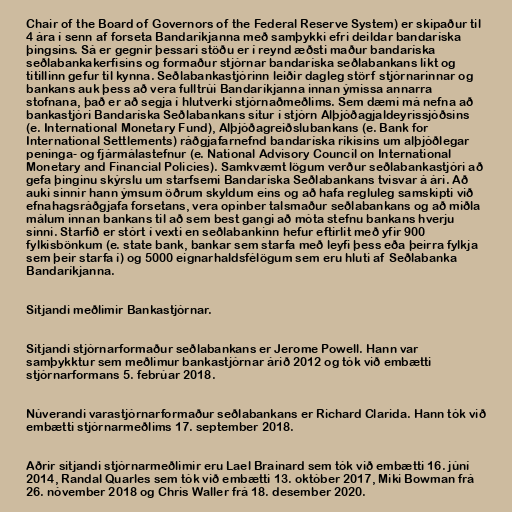
Chair of the Board of Governors of the Federal Reserve System) er skipaður til
4 ára í senn af forseta Bandaríkjanna með samþykki efri deildar bandaríska
þingsins. Sá er gegnir þessari stöðu er í reynd æðsti maður bandaríska
seðlabankakerfisins og formaður stjórnar bandaríska seðlabankans líkt og
titillinn gefur til kynna. Seðlabankastjórinn leiðir dagleg störf stjórnarinnar og
bankans auk þess að vera fulltrúi Bandaríkjanna innan ýmissa annarra
stofnana, það er að segja í hlutverki stjórnaðmeðlims. Sem dæmi má nefna að
bankastjóri Bandaríska Seðlabankans situr í stjórn Alþjóðagjaldeyrissjóðsins
(e. International Monetary Fund), Alþjóðagreiðslubankans (e. Bank for
International Settlements) ráðgjafarnefnd bandaríska ríkisins um alþjóðlegar
peninga- og fjármálastefnur (e. National Advisory Council on International
Monetary and Financial Policies). Samkvæmt lögum verður seðlabankastjóri að
gefa þinginu skýrslu um starfsemi Bandaríska Seðlabankans tvisvar á ári. Að
auki sinnir hann ýmsum öðrum skyldum eins og að hafa regluleg samskipti við
efnahagsráðgjafa forsetans, vera opinber talsmaður seðlabankans og að miðla
málum innan bankans til að sem best gangi að móta stefnu bankans hverju
sinni. Starfið er stórt í vexti en seðlabankinn hefur eftirlit með yfir 900
fylkisbönkum (e. state bank, bankar sem starfa með leyfi þess eða þeirra fylkja
sem þeir starfa í) og 5000 eignarhaldsfélögum sem eru hluti af Seðlabanka
Bandaríkjanna.

Sitjandi meðlimir Bankastjórnar.

Sitjandi stjórnarformaður seðlabankans er Jerome Powell. Hann var
samþykktur sem meðlimur bankastjórnar árið 2012 og tók við embætti
stjórnarformans 5. febrúar 2018.

Núverandi varastjórnarformaður seðlabankans er Richard Clarida. Hann tók við
embætti stjórnarmeðlims 17. september 2018.

Aðrir sitjandi stjórnarmeðlimir eru Lael Brainard sem tók við embætti 16. júní
2014, Randal Quarles sem tók við embætti 13. október 2017, Miki Bowman frá
26. nóvember 2018 og Chris Waller frá 18. desember 2020.